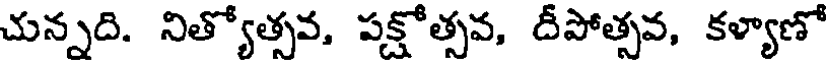
చున్నది. నిత్యోత్సవ, పక్షోత్సవ, దీపోత్సవ, కళ్యాణో